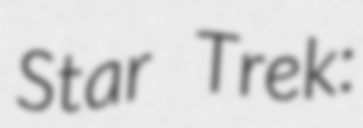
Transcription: Star Trek: